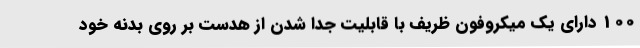
100 دارای یک میکروفون ظریف با قابلیت جدا شدن از هدست بر روی بدنه خود